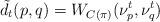
LaTeX: \begin{align*} \tilde d_t(p,q)=W_{C(\pi)}(\nu^t_p,\nu^t_q)\end{align*}